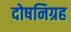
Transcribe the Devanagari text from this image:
दोषनिग्रह